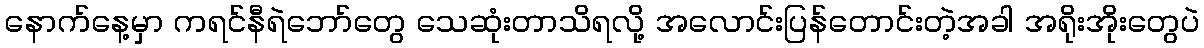
နောက်နေ့မှာ ကရင်နီရဲဘော်တွေ သေဆုံးတာသိရလို့ အလောင်းပြန်တောင်းတဲ့အခါ အရိုးအိုးတွေပဲ